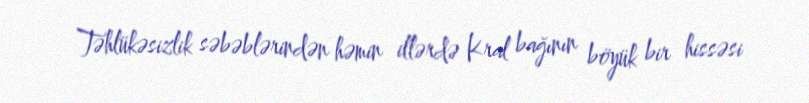
Təhlükəsizlik səbəblərindən həmin illərdə Kral bağının böyük bir hissəsi